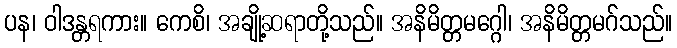
ပန၊ ဝါဒန္တရကား။ ကေစိ၊ အချို့ဆရာတို့သည်။ အနိမိတ္တမဂ္ဂေါ၊ အနိမိတ္တမဂ်သည်။